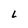
Character: L